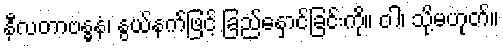
နီလတာဗန္ဓနံ၊ နွယ်နက်ဖြင့် ခြည်နှောင်ခြင်းကို။ ဝါ၊ သို့မဟုတ်။